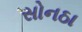
સોનઠા